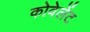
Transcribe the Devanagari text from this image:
कोवेलेंट